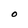
Character: O